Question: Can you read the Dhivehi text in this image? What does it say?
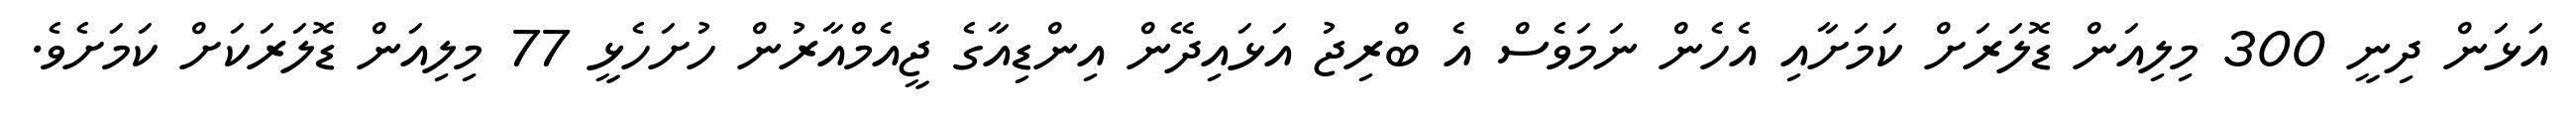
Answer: އަޅަން ދިނީ 300 މިލިއަން ޑޮލަރަށް ކަމަށާއި އެހެން ނަމަވެސް އެ ބްރިޖު އަޅައިދޭން އިންޑިއާގެ ޖީއެމްއާރުން ހުށަހެޅީ 77 މިލިއަން ޑޮލަރަކަށް ކަމަށެވެ.